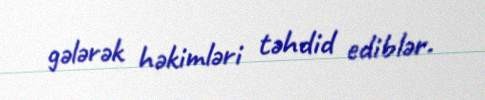
gələrək həkimləri təhdid ediblər.